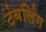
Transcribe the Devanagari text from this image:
टंबलिंग